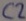
Text: C2